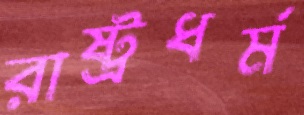
রাষ্ট্রধর্ম